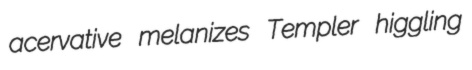
acervative melanizes Templer higgling